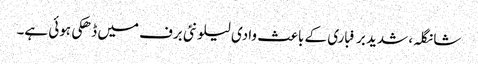
شانگلہ، شدید برفباری کے باعث وادی لیلونئی برف میں ڈھکی ہوئی ہے۔